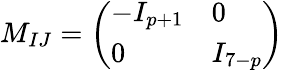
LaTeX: M_{IJ}=\left(\begin{array}{ll}{{-I_{p+1}}}&{{0}}\\ {{0}}&{{I_{7-p}}}\end{array}\right)